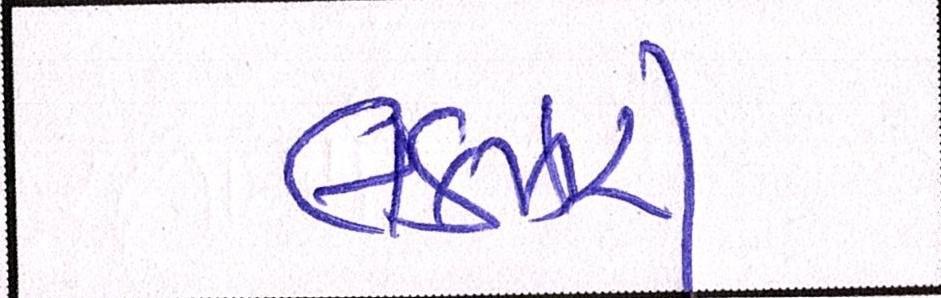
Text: લકઝરી